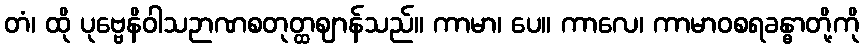
တံ၊ ထို ပုဗ္ဗေနိဝါသဉာဏစတုတ္ထဈာန်သည်။ ကာမာ၊ ပေ။ ကာလေ၊ ကာမာဝစရခန္ဓာတို့ကို